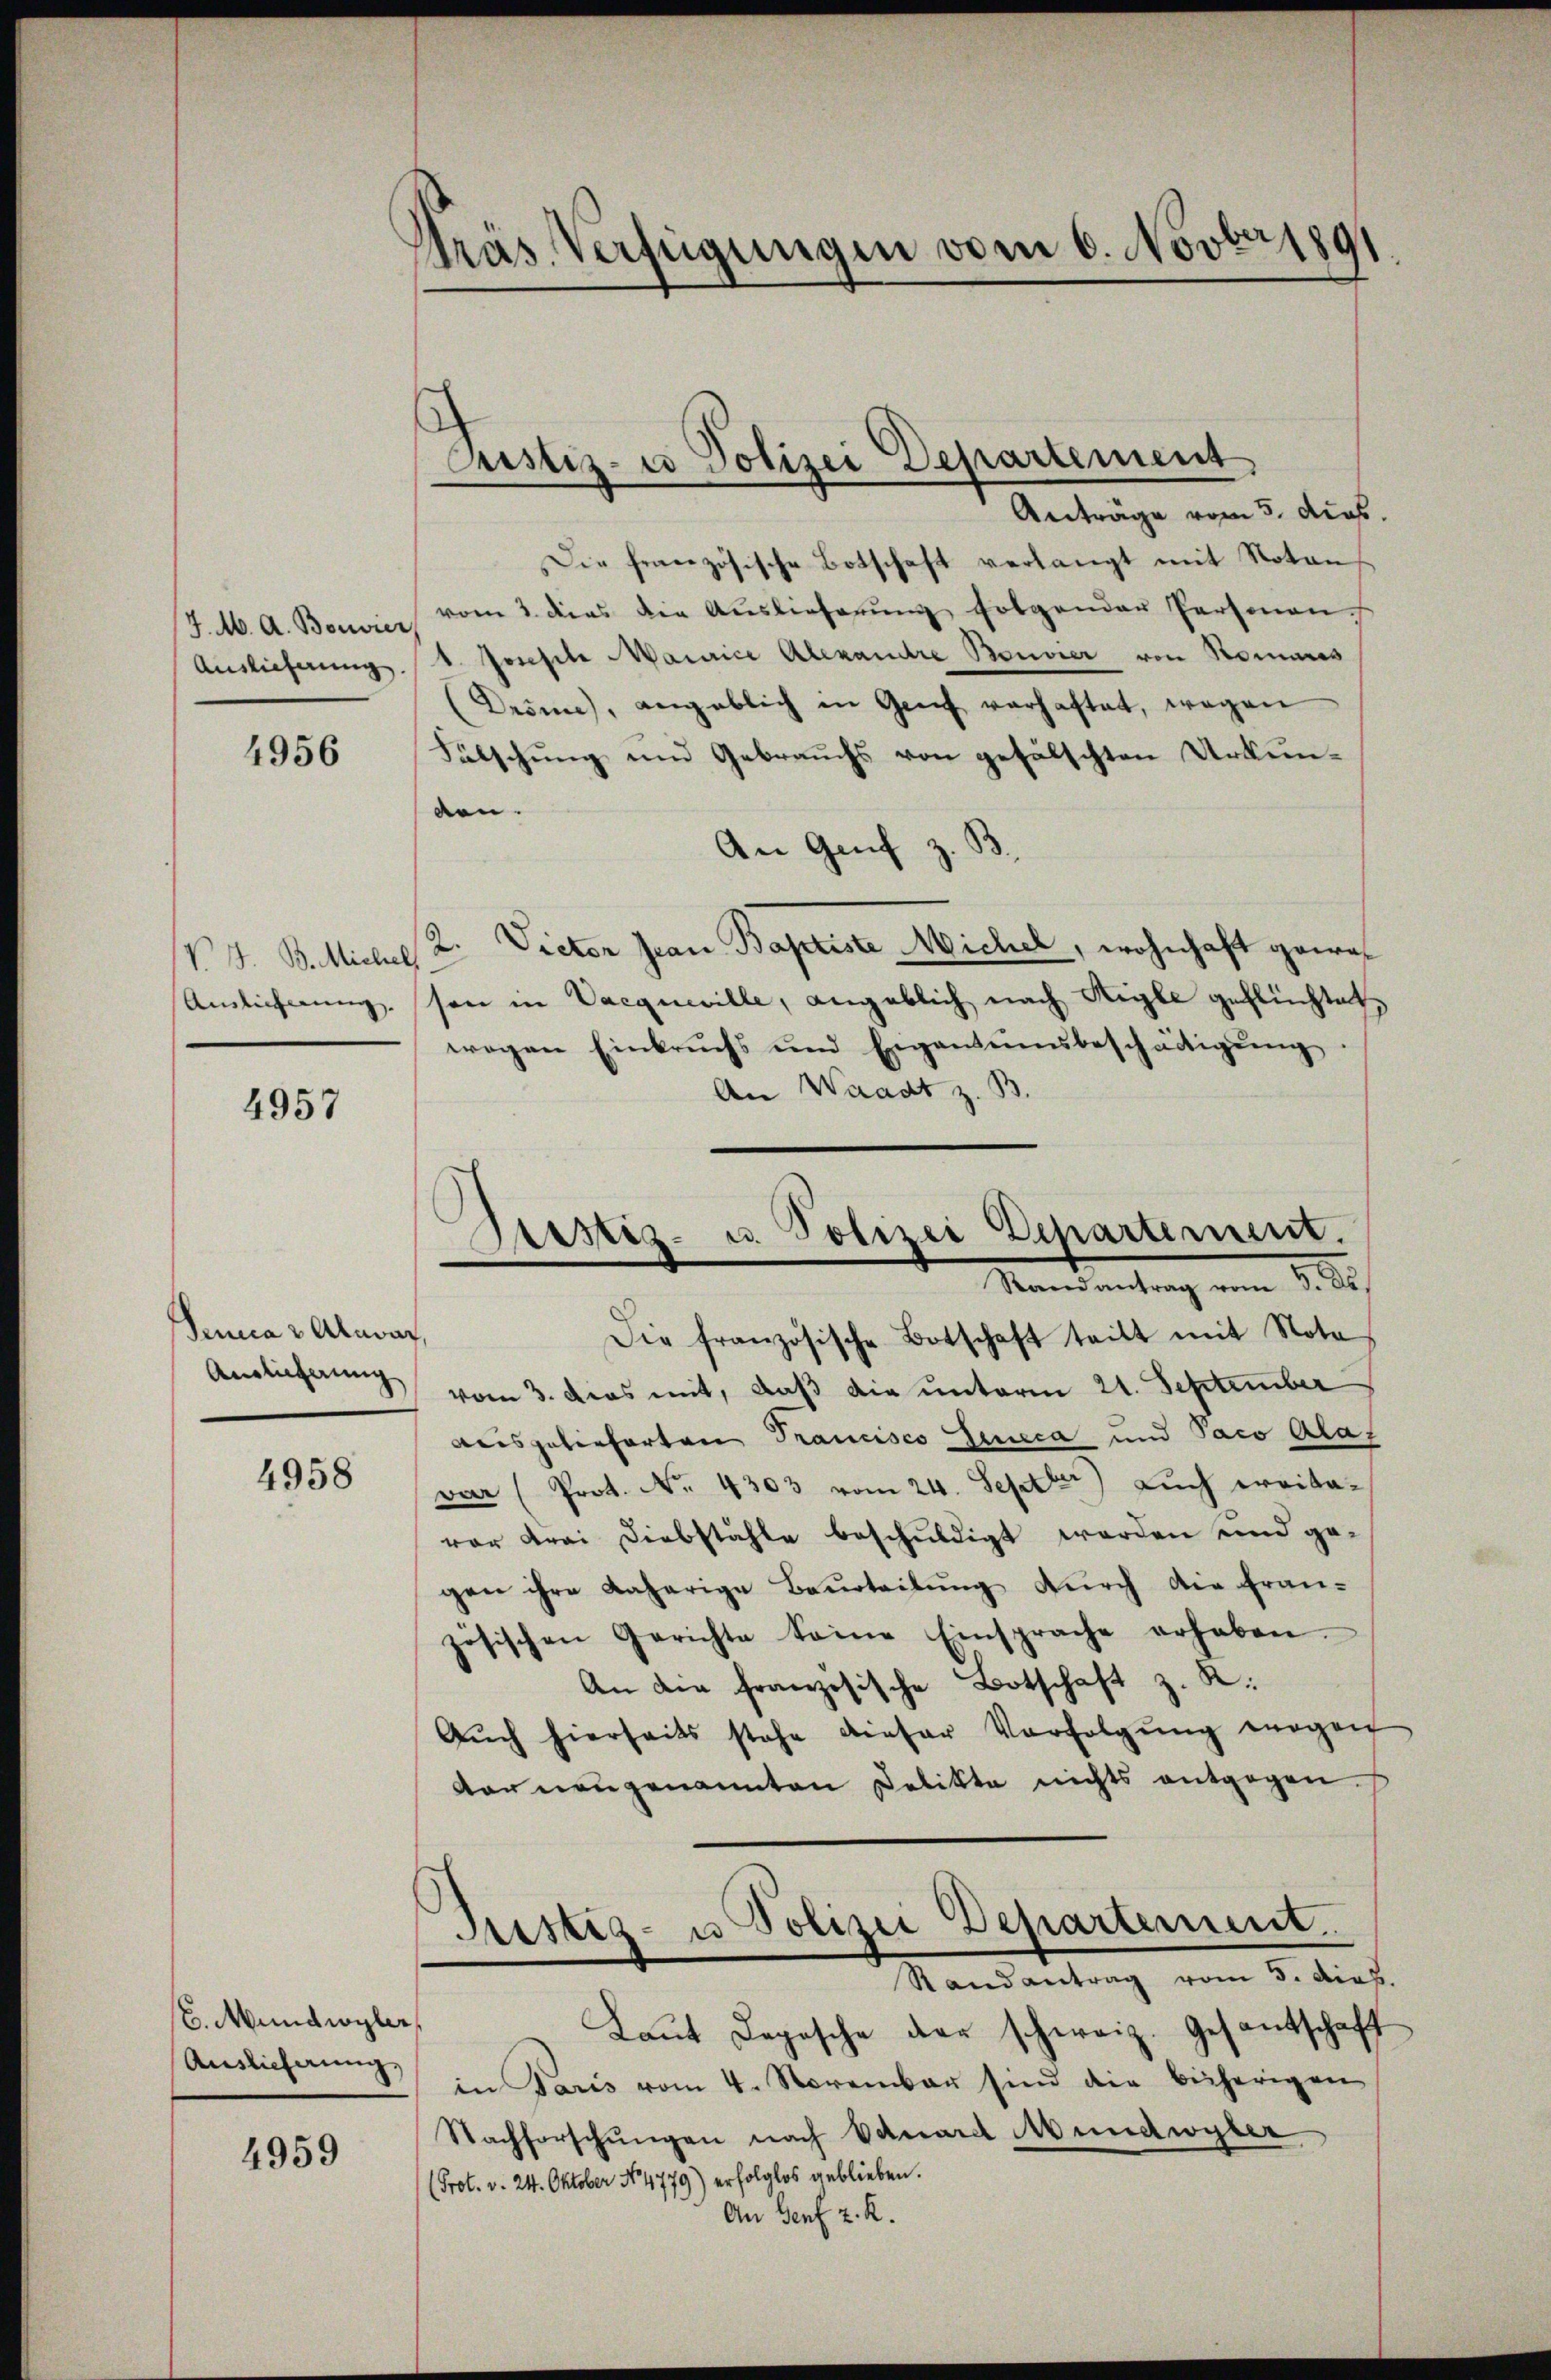
Auslieferung.

4956

Ainlicherung.

4957

enica 3 Anwar
Auslieferung

4958

(6. Mundwyler,
Auslieferung.

4959

Präs. Verfügungen vom 6. Novbr 1891.

s
Pustiz- u Polizei Departement,

Anträge vom 5. dies.
Die französische Botschaft verlangt mit Noten,
J.M. A. Bouvier vom 2. ders die Aŭslieferŭng folgender Personen
1. Josefile Maurice Alexandre Bouvier von Sommes
Drönne, angeblich in Genf verhaftet, wegen
Fülschung und Gebrauchs von gefälschten Urkunden.
An Genf z. S
(P. G. B. Michael K. Victor Jean Baptiste Michel, wohnhaft gewes
son in Vacqueille, angeblich nach Aigle geflüchtet,
wegen Einbruchs und Eigenteinsbeschäftigŭng.
An Waadt z. B.

Brestiz- u. Polizei Departement.
Randantrag vom 5. ds.

Die französische Botschaft teilt mit Note
vom 3. Das mit, daß die unterm 21. September
Beispatenfarten Trancisco Genica und Paco Alaz
var (Prot. No. 4303 vom 24. Septber) Auch eraitavor drei Diebstähle beschuldigt werden und ge-
gen ihre daherige Beurteilŭng dŭrch die fran-
zösischen Gerichte seine Einsprache erhaben.
An die französische Botschaft z. R.
Aŭch hierseits stehe dieser Verfolgŭng wegen
der neugenannten Pelikte nichts entgegen.
Justiz- u Polizei Departement.
Randantrag vom 5. dich.
Laŭt Logische der schweiz. Gesantschaft
in Paris vom 4. November sind die bisherigen
Nachforschŭngen nach Eduard Mundwyter
(Prot. v. 24. Oktober No 4779) erfolglos geblieben.
An Genf z. R.